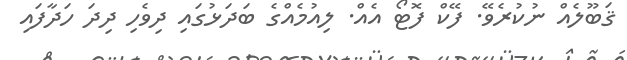
ޤަބޫލެއް ނުކުރެވޭ. ފޭކް ފޮޓޯ އެއް. ލިއުމެއްގެ ބަދަޅުގައި ދިވެހި ދިދަ ހަދާފައި